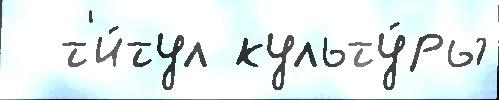
  т'и́тул культу́ры